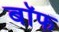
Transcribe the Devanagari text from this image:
बाॅफ